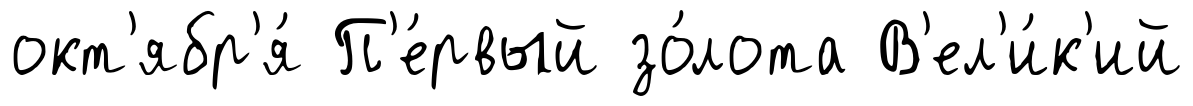
окт'ябр'я́ П'е́рвый зо́лота В'ел'и́к'ий